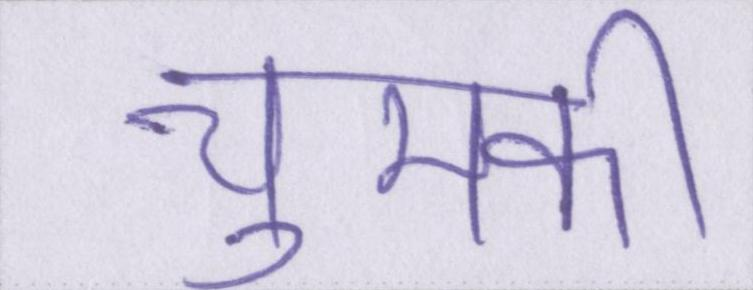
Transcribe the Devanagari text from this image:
चुमकी